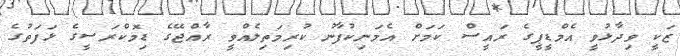
ޒަކީ ވިދާޅުވީ އެމްޑީޕީގެ ރައީސް ކަމަށް އެމަނިކުފާނު ކުރިމަތިލެއްވީ ރާއްޖޭގެ ޑިމޮކްރަސީގެ ޅަފަތުގެ